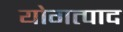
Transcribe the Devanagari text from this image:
योगत्पाद